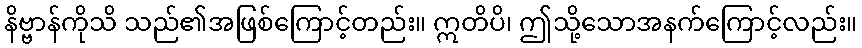
နိဗ္ဗာန်ကိုသိ သည်၏အဖြစ်ကြောင့်တည်း။ ဣတိပိ၊ ဤသို့သောအနက်ကြောင့်လည်း။